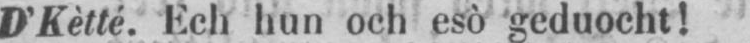
D’Kètté. Ech hun och esò geduocht!